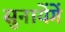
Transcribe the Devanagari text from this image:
सुनायेंगें